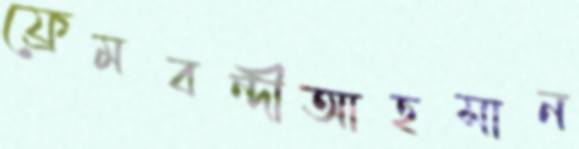
ফ্রেমবন্দীআহসান